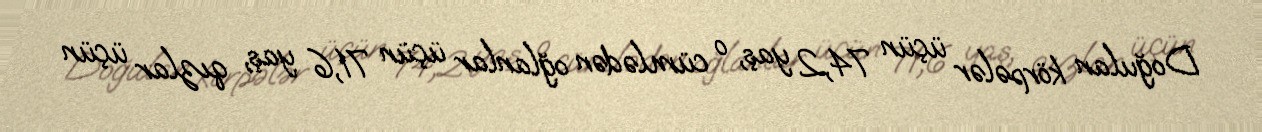
Doğulan körpələr üçün 74,2 yaş, o cümlədən oğlanlar üçün 71,6 yaş, qızlar üçün